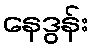
နေဒွန်း